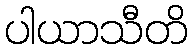
ပါယာသီတိ